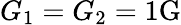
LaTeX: G_{1}=G_{2}=1\mathrm{G}